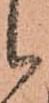
候